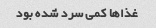
غذاها کمی سرد شده بود